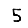
Digit: 5